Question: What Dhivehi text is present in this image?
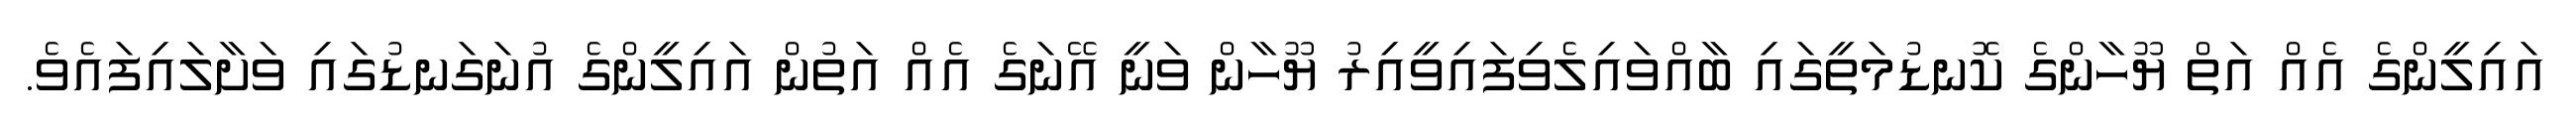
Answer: އައިލީންގެ އެއް އަތް ޔޫހާންގެ ކޮނޑުމަތީގައި ބާއްވައިލެވިފައިވީއިރު ޔޫހާން ވަނީ އޭނަގެ އެއް އަތުން އައިލީންގެ އުނަގަނޑުގައި ވަށާލައިފައެވެ.